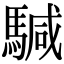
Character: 𩤥